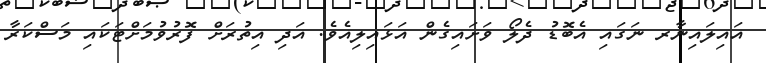
އައިލައިނާރ ނަގައި އެބޮޑު ދެލޯ ވަށައިގެން އަޅައިލިއެވެ. އަދި އިތުރަށް ފޮރުވުމަށްޓަކައި މަސްކަރާ